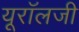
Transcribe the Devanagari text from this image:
यूरॉलजी